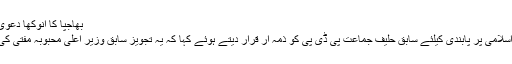
بھاجپا کا انوکھا دعویٰ،سرینگر میں انتخابی مہم کا آغاز
سرینگر//بی جے پی نے جماعت اسلامی پر پابندی کیلئے سابق حلیف جماعت پی ڈی پی کو ذمہ ار قرار دیتے ہوئے کہا کہ یہ تجویز سابق وزیر اعلیٰ محبوبہ مفتی کی طرف سے ہی پیش کی گئی تھی۔